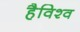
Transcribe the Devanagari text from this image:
हैविश्व